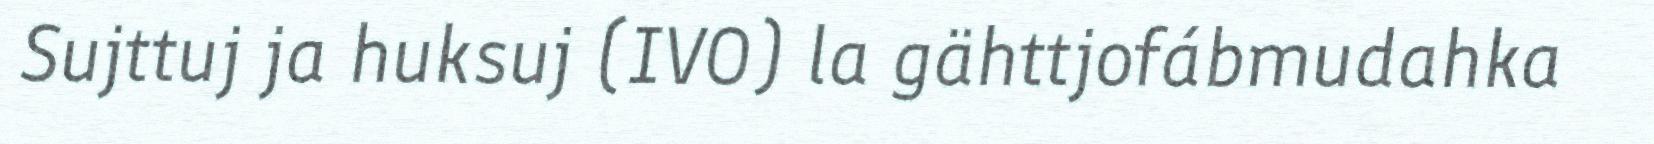
Sujttuj ja huksuj (IVO) la gähttjofábmudahka